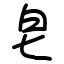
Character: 皀